Annual administration report of the Civil Veterinary Department of India - 1897-1898
Year: 1897
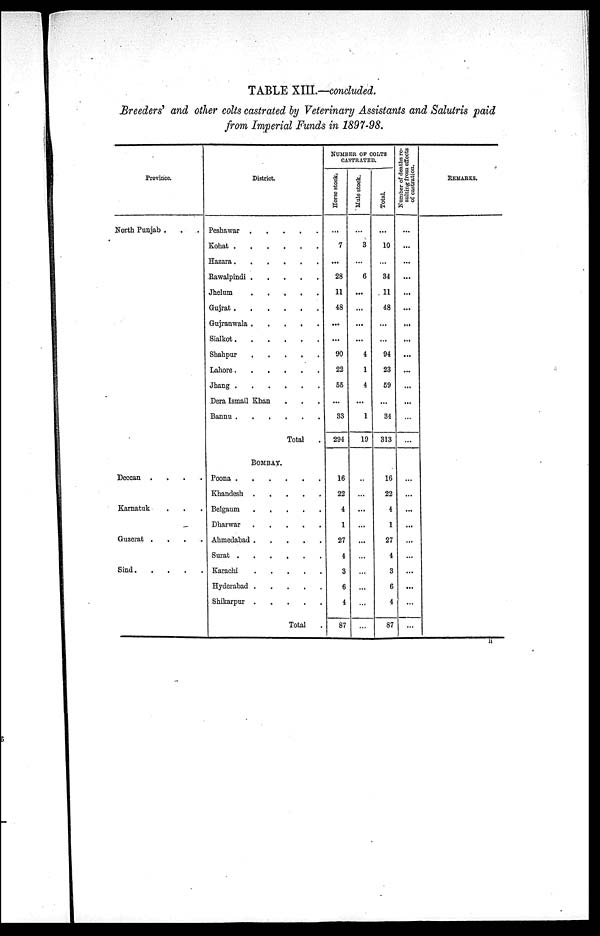
TABLE XIII.—concluded.
Breeders' and other colts castrated by Veterinary Assistants and Salutris paid
from Imperial Funds in 1897—98.
Province.
North Punjab . . .
Deccan
....
Karnatuk . . .
Guzerat
....
Sind ......
District.
Peshawar
......
Kohat
.....
Hazara
.....
Rawalpindi
.....
Jhelum
.....
Gujrat
.....
Gujranwala
.....
Sialkot
.....
Shahpur
.....
Lahore
.....
Jhang
.....
Dera Ismail Khan . . .
Bannu
.....
Total .
BOMBAY.
Poona
.....
Khandesh
.....
Belgaum
.....
Dharwar
.....
Ahmedahad
....
Surat
......
Karachi
.....
Hyderabad
.....
Shikarpur
.....
Total .
NUMBER OF COLTS
CASTRATED.
Horse stock.
...
7
...
28
11
48
...
...
90
22
55
...
33
294
16
22
4
1
27
4
3
6
4
87
Mule stock.
...
3
...
6
...
...
...
...
4
1
4
...
1
19
...
...
...
...
...
...
...
...
...
...
Total.
...
10
...
34
11
48
...
...
94
23
59
...
34
313
16
22
4
1
27
4
3
6
4
87
Number of deaths re-
sulting from effects
of castration.
...
...
...
...
...
...
...
...
...
...
...
...
...
...
...
...
...
...
...
...
...
...
...
...
REMARKS.
li